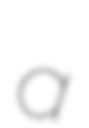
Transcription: a